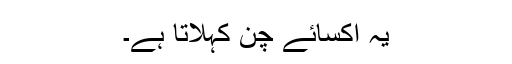
یہ اکسائے چن کہلاتا ہے۔